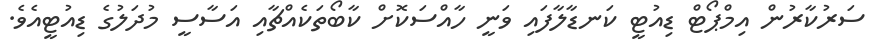
ސަރުކާރުން އިމްޕޯޓް ޑިއުޓީ ކަނޑާލާފައި ވަނީ ހާއްސަކޮށް ކާބޯތަކެއްޗާއި އަސާސީ މުދަލުގެ ޑިއުޓީއެވެ.